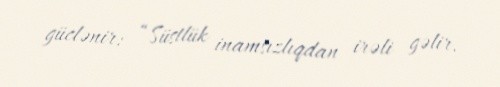
güclənir: “Süstlük inamsızlıqdan irəli gəlir.